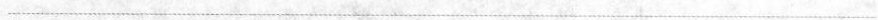
___